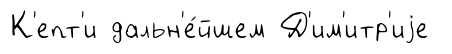
К'епт'и дальн'е́йшем Д'им'итр'иjе